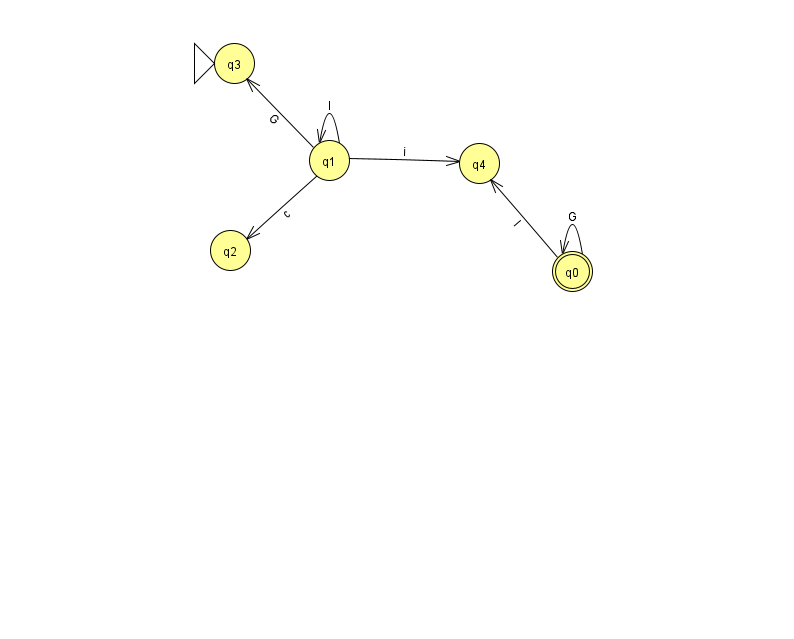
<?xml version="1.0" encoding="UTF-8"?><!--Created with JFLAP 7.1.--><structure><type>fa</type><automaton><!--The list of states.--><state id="0" name="q0"><x>572.0</x><y>258.0</y><final/></state><state id="1" name="q1"><x>329.0</x><y>147.0</y></state><state id="2" name="q2"><x>230.0</x><y>237.0</y></state><state id="3" name="q3"><x>234.0</x><y>50.0</y><initial/></state><state id="4" name="q4"><x>479.0</x><y>150.0</y></state><!--The list of transitions.--><transition><from>1</from><to>2</to><read>c</read></transition><transition><from>1</from><to>4</to><read>i</read></transition><transition><from>0</from><to>0</to><read>G</read></transition><transition><from>1</from><to>3</to><read>G</read></transition><transition><from>1</from><to>1</to><read>l</read></transition><transition><from>0</from><to>4</to><read>l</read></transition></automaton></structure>